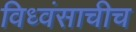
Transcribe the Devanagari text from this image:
विध्वंसाचीच